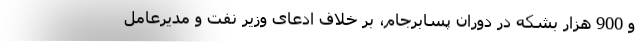
و 900 هزار بشكه در دوران پسابرجام، بر خلاف ادعای وزیر نفت و مدیرعامل